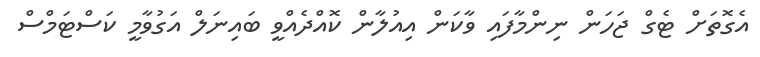
އެގޮތަށް ޓެގް ޖަހަން ނިންމާފައި ވާކަން އިއުލާން ކޮއްދެއްވީ ބައިނަލް އަގުވާމީ ކަސްޓަމްސް